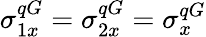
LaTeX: \sigma_{1x}^{qG}=\sigma_{2x}^{qG}=\sigma_{x}^{qG}